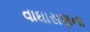
વાઘાસણના